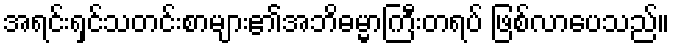
အရင်းရှင်သတင်းစာများ၏အဘိဓမ္မာကြီးတရပ် ဖြစ်လာပေသည်။